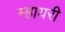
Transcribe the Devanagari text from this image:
म्हायरी